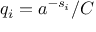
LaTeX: q _ { i } = a ^ { - s _ { i } } / C